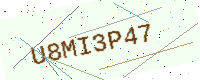
Text: U8MI3P47